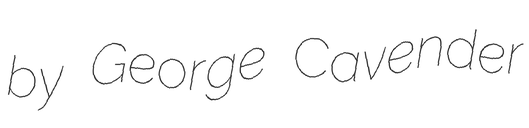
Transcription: by George Cavender